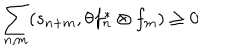
\sum _ { n , m } ( s _ { n + m } , \theta f _ { n } ^ { \ast } \otimes f _ { m } ) \geq 0